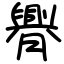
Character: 臖